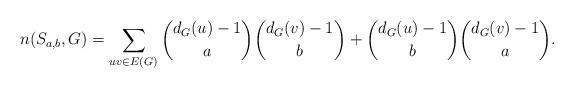
LaTeX: \begin{align*}n(S_{a,b},G) = \sum_{uv \in E(G)} \binom{d_G(u) -1}{a}\binom{d_G(v)-1}{b} + \binom{d_G(u)-1}{b} \binom{d_G( v)-1}{a}.\end{align*}